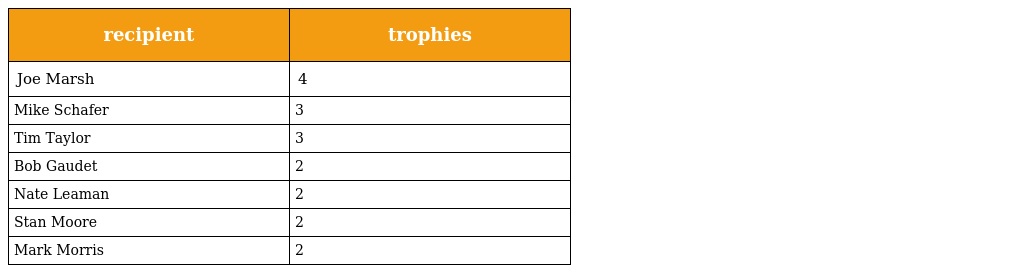
| recipient | trophies |
 | --- | --- |
 | Joe Marsh | 4 |
 | Mike Schafer | 3 |
 | Tim Taylor | 3 |
 | Bob Gaudet | 2 |
 | Nate Leaman | 2 |
 | Stan Moore | 2 |
 | Mark Morris | 2 |